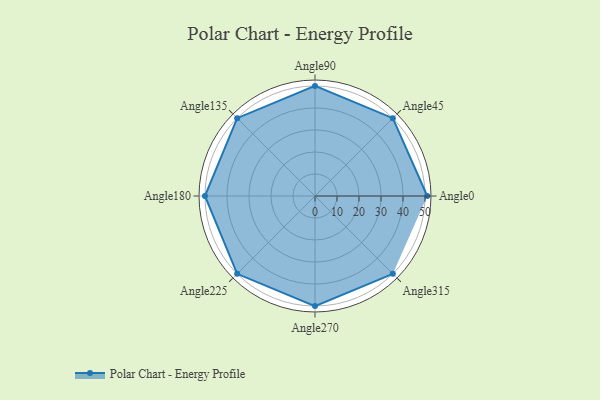
{"axis": {"x": "Angle", "y": "Radius"}, "legend": [""], "data": [{"x": "Angle0", "y": 51.0, "type": ""}, {"x": "Angle45", "y": 50, "type": ""}, {"x": "Angle90", "y": 50, "type": ""}, {"x": "Angle135", "y": 50, "type": ""}, {"x": "Angle180", "y": 50, "type": ""}, {"x": "Angle225", "y": 50, "type": ""}, {"x": "Angle270", "y": 50, "type": ""}, {"x": "Angle315", "y": 50, "type": ""}]}